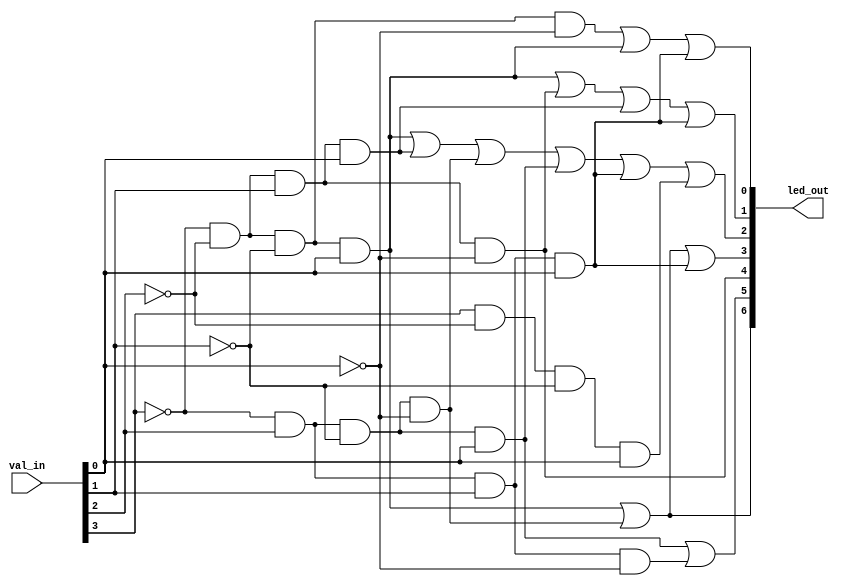
module bcd_to_seven_seg (input [3:0] val_in, output [6:0] led_out);

    // val_in is in BCD format, 4 bits used to describe 0-9 in decimal

    // LED out LSB is G, MSB is A

    // SOP product terms for each decimal value
    wire bcd0, bcd1, bcd2, bcd3, bcdd4, bcd5, bcd6, bcd7, bcd8, bcd9;

    assign bcd0 = ~val_in[3] & ~val_in[2] & ~val_in[1] & ~val_in[0];
    assign bcd1 = ~val_in[3] & ~val_in[2] & ~val_in[1] & val_in[0];
    assign bcd2 = ~val_in[3] & ~val_in[2] & val_in[1] & ~val_in[0];
    assign bcd3 = ~val_in[3] & ~val_in[2] & val_in[1] & val_in[0];
    assign bcd4 = ~val_in[3] & val_in[2] & ~val_in[1] & ~val_in[0];
    assign bcd5 = ~val_in[3] & val_in[2] & ~val_in[1] & val_in[0];
    assign bcd6 = ~val_in[3] & val_in[2] & val_in[1] & ~val_in[0];
    assign bcd7 = ~val_in[3] & val_in[2] & val_in[1] & val_in[0];
    assign bcd8 = val_in[3] & ~val_in[2] & ~val_in[1] & ~val_in[0];
    assign bcd9 = val_in[3] & ~val_in[2] & ~val_in[1] & val_in[0];
    
    // A
    assign led_out[6] = bcd1 | bcd4;

    // B
    assign led_out[5] = bcd5 | bcd6;

    // C
    assign led_out[4] = bcd2;

    // D
    assign led_out[3] = bcd1 | bcd4 | bcd7;

    // E
    assign led_out[2] = bcd1 | bcd3 | bcd4 | bcd5 | bcd7 | bcd9;

    // F
    assign led_out[1] = bcd1 | bcd2 | bcd3 | bcd7;

    // G
    assign led_out[0] = bcd0 | bcd1 | bcd7;

endmodule